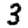
Digit: 3